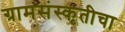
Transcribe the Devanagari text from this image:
ग्रामसंस्कृतीचा